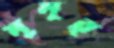
মুমূর্